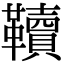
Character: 韇